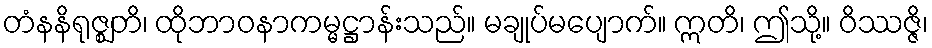
တံနနိရုဇ္ဈတိ၊ ထိုဘာဝနာကမ္မဋ္ဌာန်းသည်။ မချုပ်မပျောက်။ ဣတိ၊ ဤသို့။ ဝိဿဇ္ဇိ၊